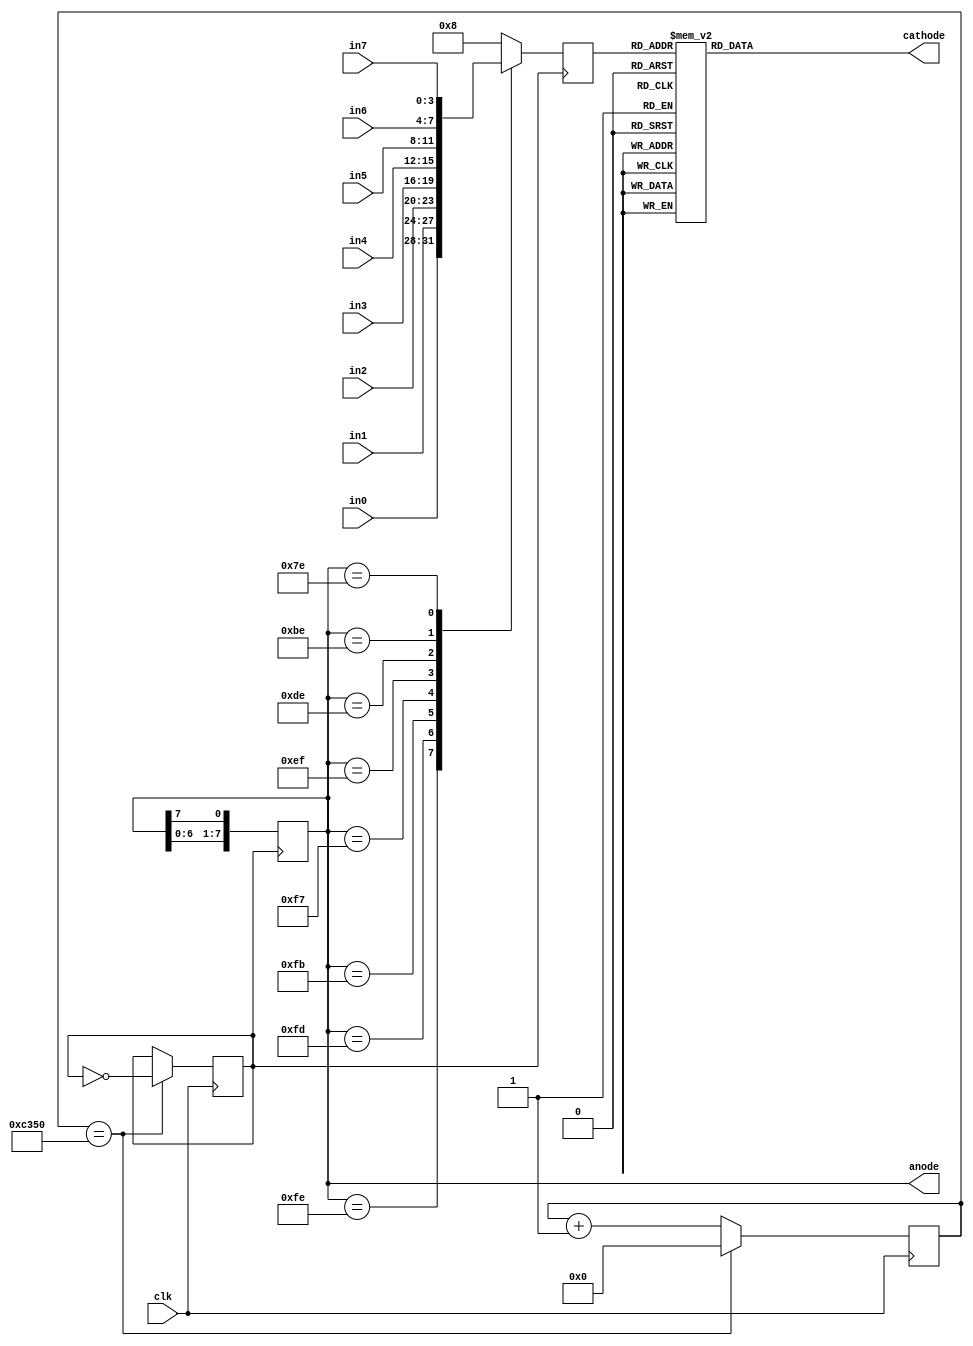
`timescale 1ns / 1ps

module multiplexdisplay(
    input clk,
    output reg [7:0] anode,
    output reg [6:0] cathode,
    input [3:0] in0,
    input [3:0] in1,
    input [3:0] in2,
    input [3:0] in3,
    input [3:0] in4,
    input [3:0] in5,
    input [3:0] in6,
    input [3:0] in7
    );
    reg slowclk;
    reg [18:0] counter;
    reg [3:0] display;
    initial begin
     counter = 0;
     slowclk = 1;
     anode = 8'b11111110;
     display = 0;
    end
    always @(posedge clk)
    begin
        if(counter == 50000)
            begin
                counter <= 0;
                slowclk <= !slowclk; 
            end
        else 
            counter <=  counter + 1;
    end
    always @(posedge slowclk)
    begin
        anode <= {anode[6:0],anode[7]};
        case (anode)
        8'b11111110: display <=in0;
        8'b11111101: display <=in1;
        8'b11111011: display <=in2;
        8'b11110111: display <=in3;
        8'b11101111: display <=in4;
        8'b11011110: display <=in5;
        8'b10111110: display <=in6;
        8'b01111110: display <=in7;
        default: display <= 8;
        endcase
        //if(display == 7) display <= 0;
        //else display <= display+1;
        
    end
    always@(*)
    case(display)
        4'b0000: cathode = ~(7'b1111110);
        4'b0001: cathode = ~(7'b0110000);
        4'b0010: cathode = ~(7'b1101101);
        4'b0011: cathode = ~(7'b1111001);
        4'b0100: cathode = ~(7'b0110011);
        4'b0101: cathode = ~(7'b1011011);
        4'b0110: cathode = ~(7'b1011111);
        4'b0111: cathode = ~(7'b1110000);
        4'b1000: cathode = ~(7'b1111111);
        4'b1001: cathode = ~(7'b1111011);
        4'b1010: cathode = ~(7'b1110111);
        4'b1011: cathode = ~(7'b0011111);
        4'b1100: cathode = ~(7'b1001110);
        4'b1101: cathode = ~(7'b0111101);
        4'b1110: cathode = ~(7'b1001111);
        4'b1111: cathode = ~(7'b1000111);
        default: cathode = ~(7'b0000000);
     endcase   

endmodule